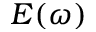
E ( \omega )